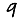
Digit: 9